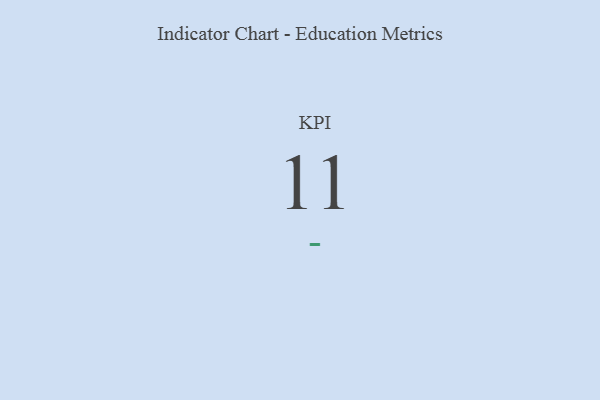
{"axis": {"x": "KPI", "y": "Value"}, "legend": [""], "data": [{"x": "KPI", "y": 11, "type": ""}]}